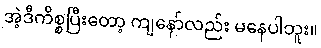
အဲ့ဒီကိစ္စပြီးတော့ ကျနော်လည်း မနေပါဘူး။